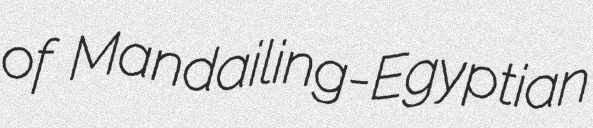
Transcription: of Mandailing-Egyptian